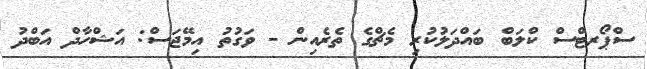
ސްޕޯރޓްސް ކްލަބް ބައްދަލުކުރި މެޗްގެ ތެރެއިން - ވަގުތު އިމޭޖަސް: އަޝްހާދް އަބްދު